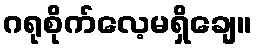
ဂရုစိုက်လေ့မရှိချေ။